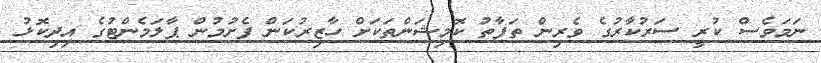
ނަމަވެސް ކުރީ ސަރުކާރުގެ ވެރިން ތަފާތު ކޮމިޝަންތަކަށް ހާޒިރުކަން ފެށުމުން ޕާލަމެންޓުގެ އިދިކޮޅު